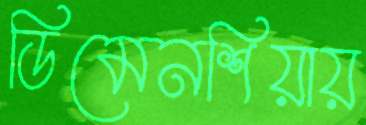
ডিমেনশিয়ায়